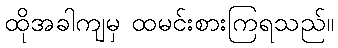
ထိုအခါကျမှ ထမင်းစားကြရသည်။